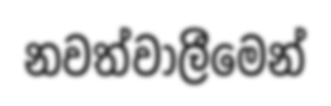
නවත්වාලීමෙන්